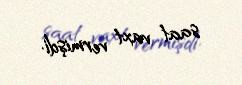
saat vaxt vermişdi.